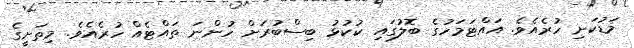
މަޑުކަށި ހުރެއެވެ. އައްޓަމަހުގެ ބޮލުގައި ކުކުޅު ބިސްބުރަށް ހުންނަ ތައްޓެއް ހުރެއެވެ. މިތަށީގެ